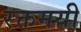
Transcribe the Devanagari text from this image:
रक्तमयी